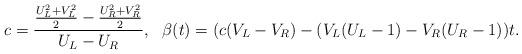
LaTeX: \begin{align*}c=\frac{\frac{U_L^2+V_L^2}{2}-\frac{U_R^2+V_R^2}{2}}{U_L-U_R}, \ \ \beta(t)=(c(V_L-V_R)-(V_L(U_L-1)-V_R(U_R-1))t.\end{align*}